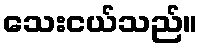
သေးငယ်သည်။